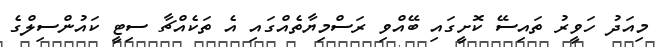
މިއަދު ހަވީރު ތައިސޭ ކޮށީގައި ބޭއްވި ރަސްމިޔާތެއްގައި އެ ތަކެއްޗާ ސިޓީ ކައުންސިލްގެ